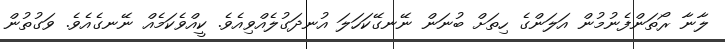
ލާނާ ރޯތަންފެނުމުން އަލަންގެ ހިތަށް ބުނަން ނޭނގޭކަހަލަ އުނދަގުލެއްވިއެވެ. ކީއްވެކަމެއް ނޭނގެއެވެ. ވަގުތުން